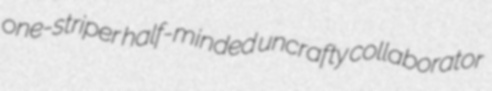
one-striper half-minded uncrafty collaborator